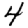
Digit: 4